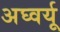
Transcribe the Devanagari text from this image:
अघ्वर्यू